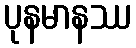
ပုနမာနဿ